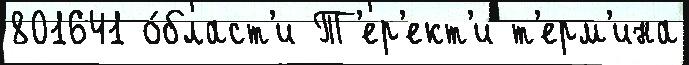
801641 о́бласт'и Т'ер'ект'и т'ерм'ина